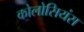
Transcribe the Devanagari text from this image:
कोलोसियंस